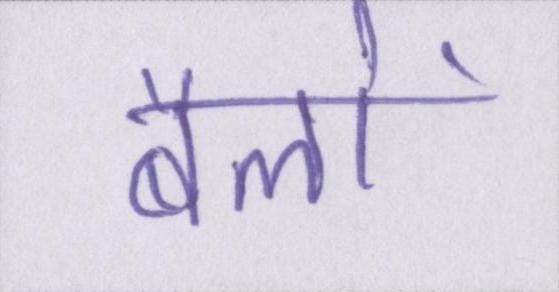
बैलों